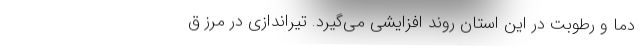
دما و رطوبت در این استان روند افزایشی می‌گیرد. تیراندازی در مرز ق